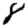
Digit: 8